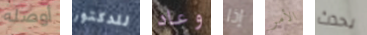
أوصله للدكتور وعاد إذا الأمر يحدث